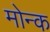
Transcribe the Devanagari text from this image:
मोन्क